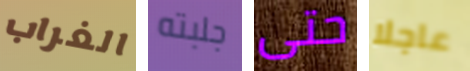
الغراب جلبته حتى عاجلا